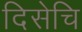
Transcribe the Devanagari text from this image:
दिसेचि